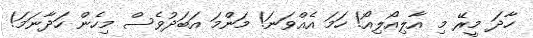
ހާދަ މީރޭ މި އާލިއޯލިއޯ! ހަމަ އެއްވަނަ! މަންމަ އަބަދުވެސް މިހެން ހަދާނަމަ!